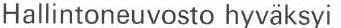
Hallintoneuvosto hyväksyi